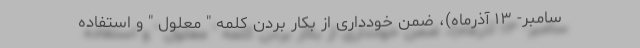
سامبر- ۱۳ آذرماه)، ضمن خودداری از بکار بردن کلمه " معلول " و استفاده